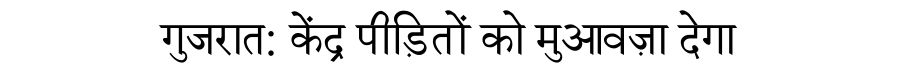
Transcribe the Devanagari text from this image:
गुजरात: केंद्र पीड़ितों को मुआवज़ा देगा